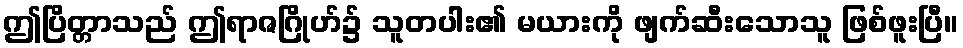
ဤပြိတ္တာသည် ဤရာဇဂြိုဟ်၌ သူတပါး၏ မယားကို ဖျက်ဆီးသောသူ ဖြစ်ဖူးပြီ။